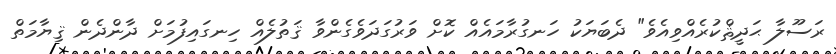
ރަސޫލާ ޙަދީޘްކުރެއްވިއެވެ" ދެބަޔަކު ހަނގުރާމައެއް ކޮށް ވަރުގަދަވެގެންވާ ޤަތުލެއް ހިނގައިފުމަށް ދާންދެން ޤިޔާމަތް